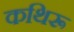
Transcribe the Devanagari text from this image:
कथिरू